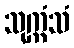
သုက္ကံသံ